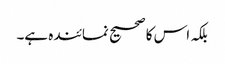
بلکہ اس کا صحیح نمائندہ ہے۔